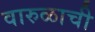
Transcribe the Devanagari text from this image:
वारुळाची